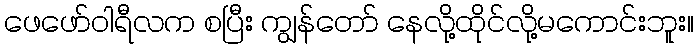
ဖေဖော်ဝါရီလက စပြီး ကျွန်တော် နေလို့ထိုင်လို့မကောင်းဘူး။